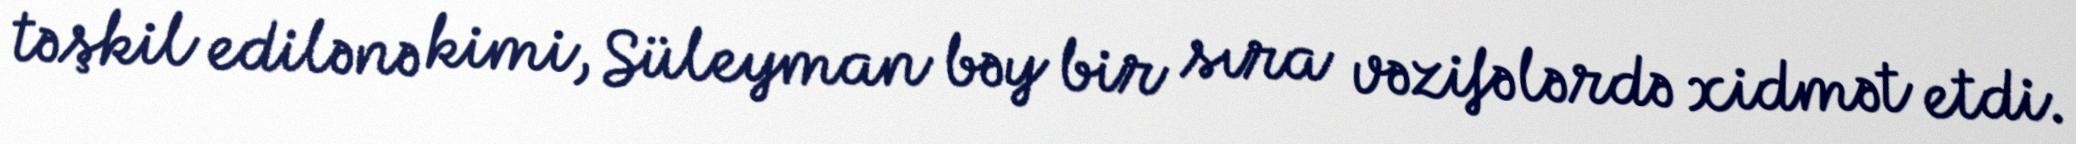
təşkil edilənə kimi, Süleyman bəy bir sıra vəzifələrdə xidmət etdi.